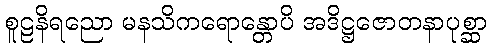
စူဠနိရညော မနသိကရောန္တောပိ အဒိဋ္ဌဇောတနာပုစ္ဆာ